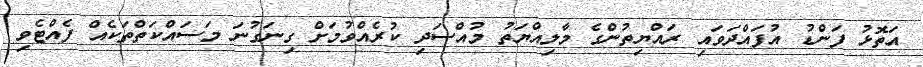
އަތޮޅު ފަންޑު އުފައްދަވައި ރައްޔިތުންގެ މާލިއްޔަތު މުއްސަދި ކުރެއްވުމަށް ގިނަގުނަ މަސައްކަތްތަކެއް ފެއްޓެވި